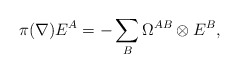
\begin{align*}\pi(\nabla)E^A=-\sum_B\Omega^{AB}\otimes E^B,\end{align*}